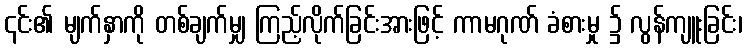
၎င်း၏ မျက်နှာကို တစ်ချက်မျှ ကြည့်လိုက်ခြင်းအားဖြင့် ကာမဂုဏ် ခံစားမှု ၌ လွန်ကျူးခြင်း၊